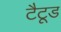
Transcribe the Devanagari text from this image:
टैटूड